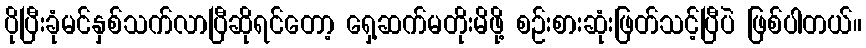
ပိုပြီးခုံမင်နှစ်သက်လာပြီဆိုရင်တော့ ရှေ့ဆက်မတိုးမိဖို့ စဉ်းစားဆုံးဖြတ်သင့်ပြီပဲ ဖြစ်ပါတယ်။